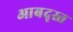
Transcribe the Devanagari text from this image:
आबद्स्त